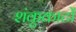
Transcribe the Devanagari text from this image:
शंकुकाटों